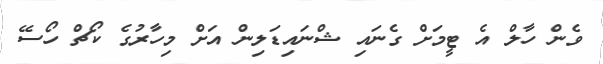
ވެން ހާލް އެ ޓީމަށް ގެނައި ޝްނައިޑަލިން އަށް މިހާރުގެ ކޯޗް ހޯސޭ